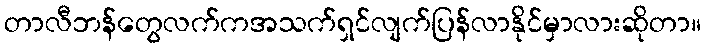
တာလီဘန်တွေလက်ကအသက်ရှင်လျက်ပြန်လာနိုင်မှာလားဆိုတာ။